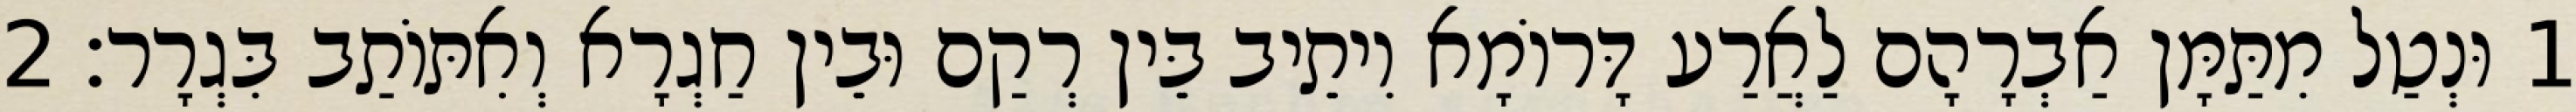
1 וּנְטַל מִתַּמָּן אַבְרָהָם לַאֲרַע דָּרוֹמָא וִיתֵיב בֵּין רְקַם וּבֵין חַגְרָא וְאִתּוֹתַב בִּגְרָר׃ 2